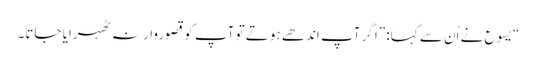
‏“‏ یسوع نے اُن سے کہا:‏ ”‏اگر آپ اندھے ہوتے تو آپ کو قصوروار نہ ٹھہرایا جاتا۔